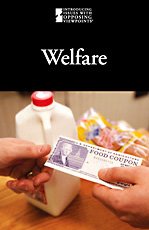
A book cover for Welfare (Introducing Issues With Opposing Viewpoints); Cynthia A. Bily; Teen & Young Adult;